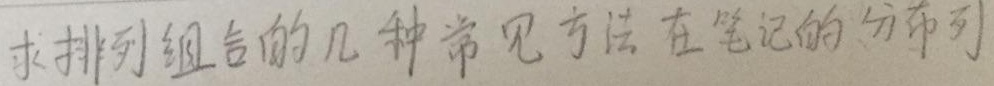
求排列组合的几种常见方法在笔记的分布列 。